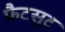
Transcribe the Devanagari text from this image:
फैटसूट